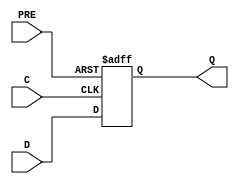
module FDP (Q, C, D, PRE);

    parameter INIT = 1'b1;

    output Q;
    reg    Q;

    input  C, D, PRE;

    always @(posedge PRE or posedge C)
        if (PRE)
        Q <= 1;
        else
        Q <= D;

endmodule